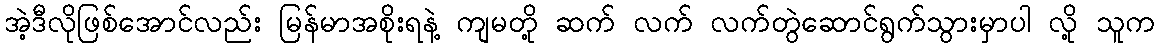
အဲ့ဒီလိုဖြစ်အောင်လည်း မြန်မာအစိုးရနဲ့ ကျမတို့ ဆက် လက် လက်တွဲဆောင်ရွက်သွားမှာပါ လို့ သူက